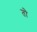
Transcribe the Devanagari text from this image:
तोे